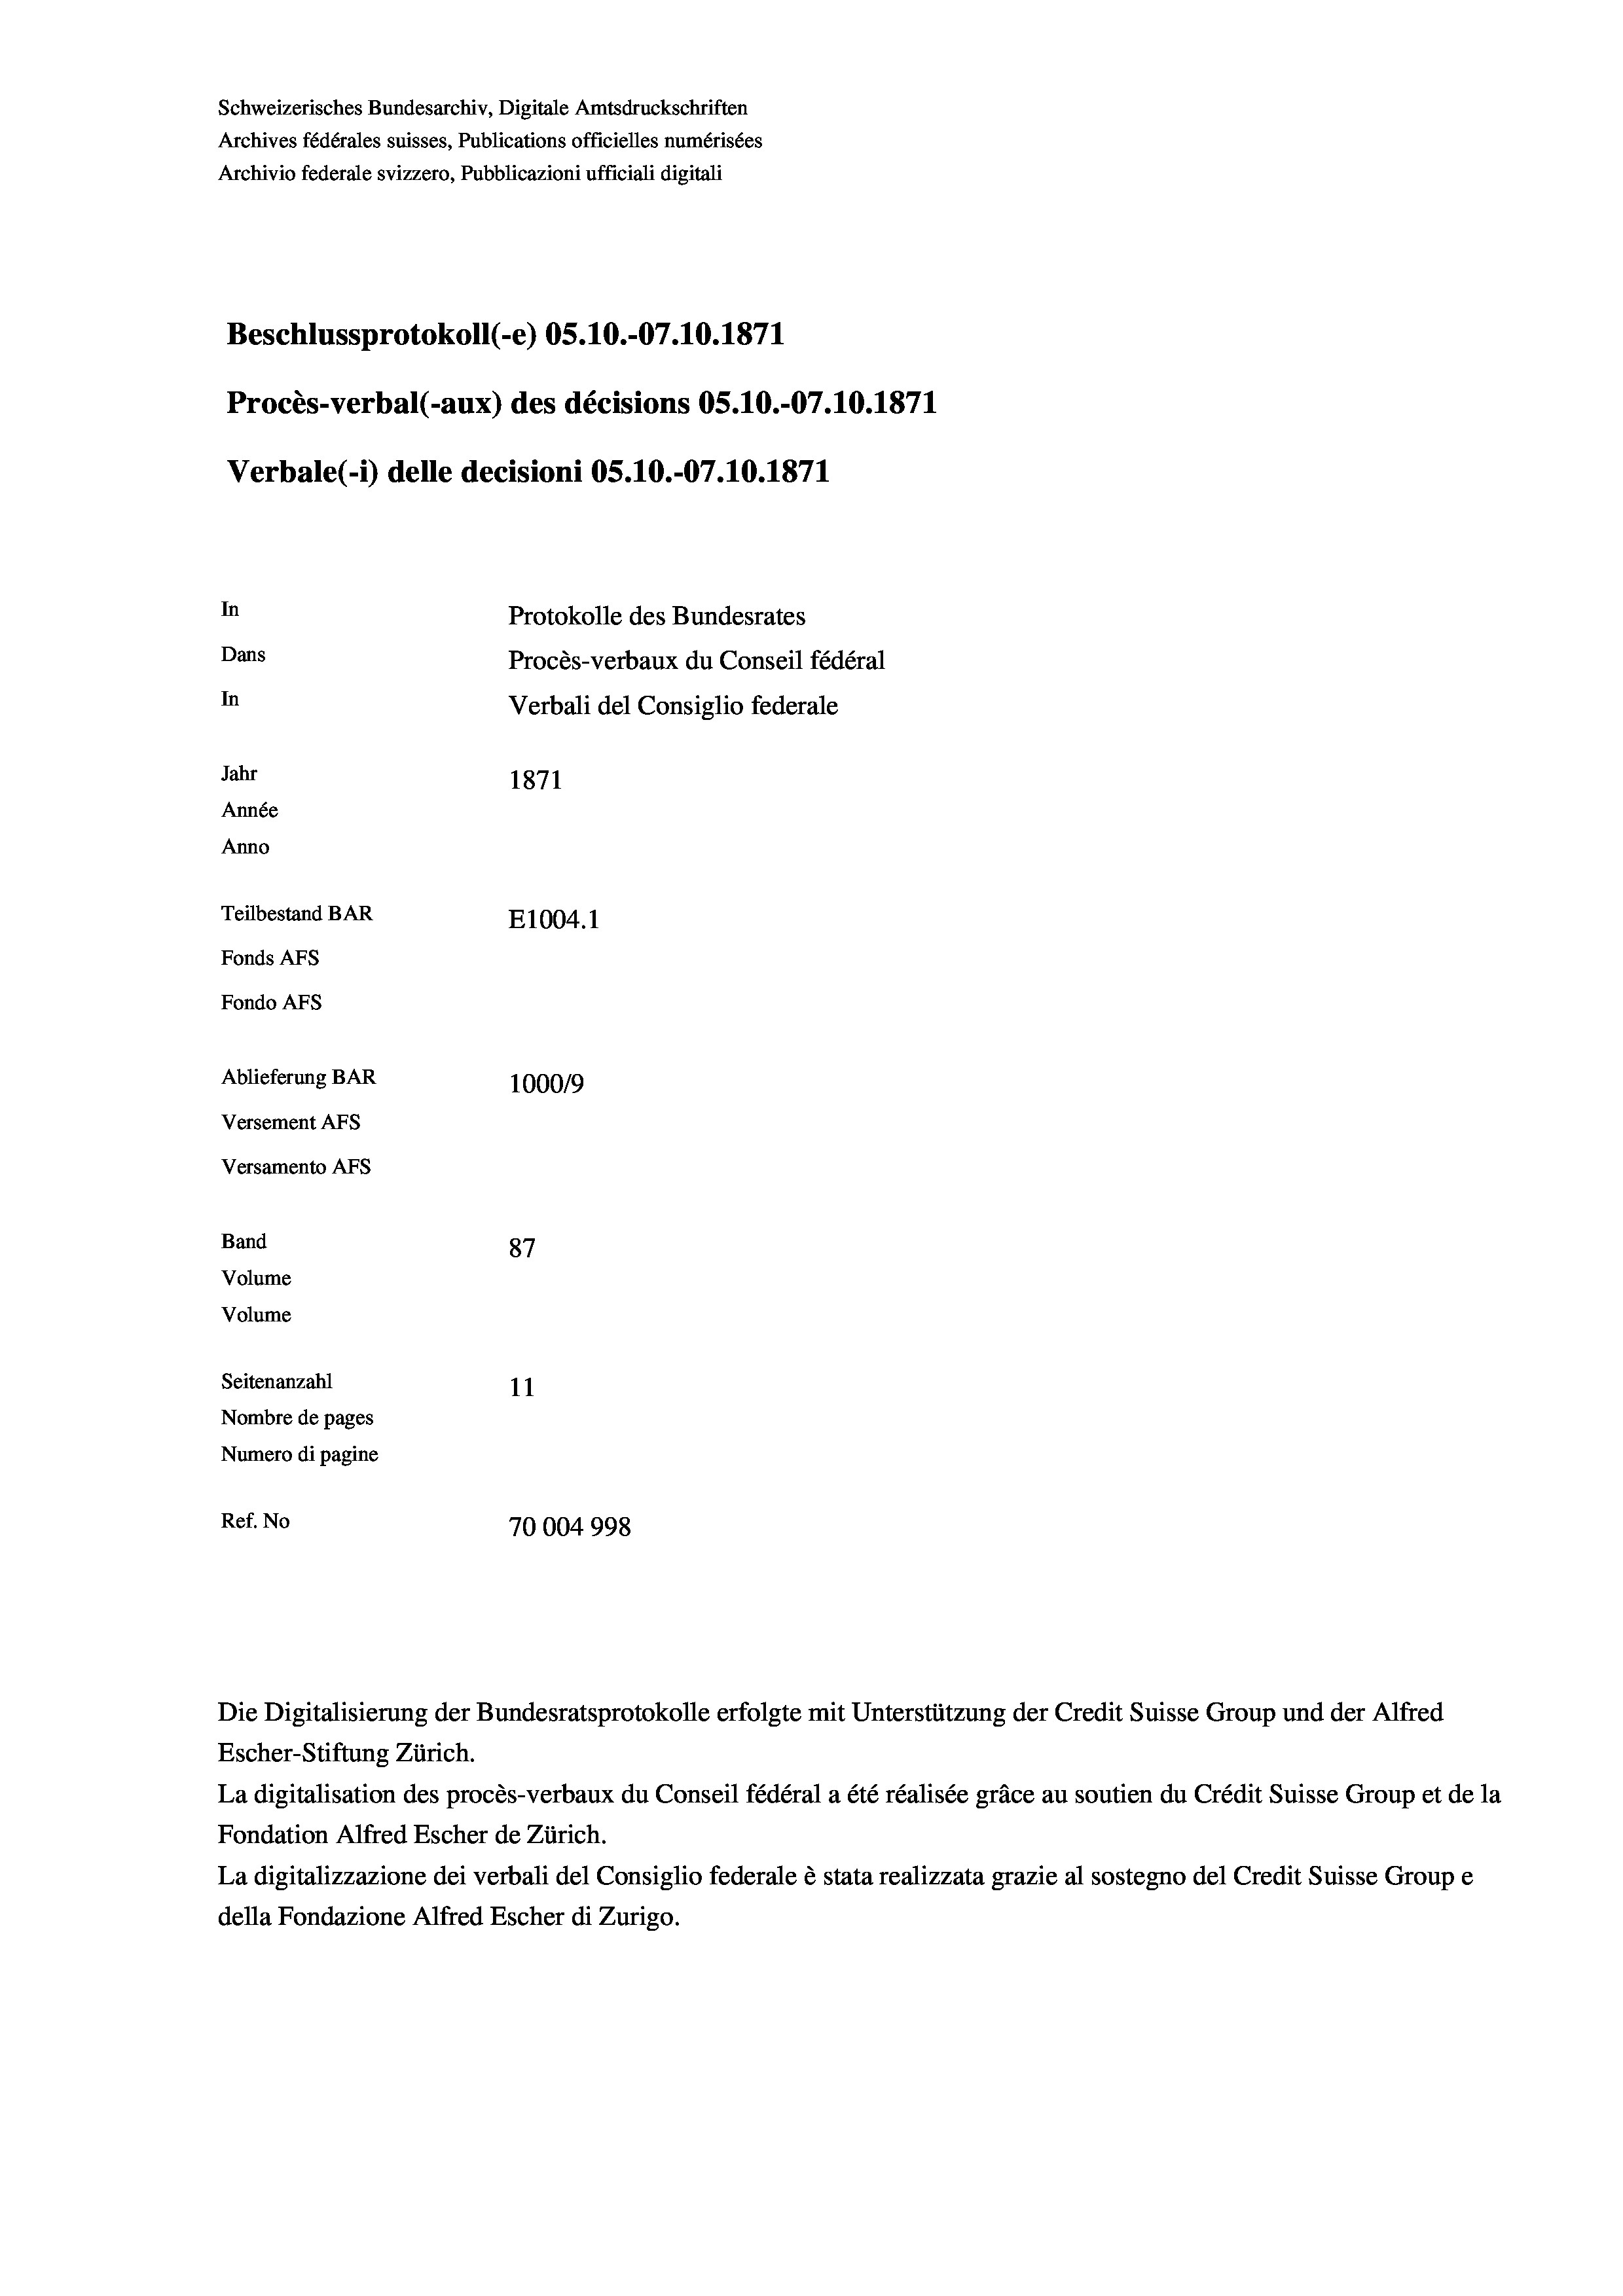
Schweizerisches Bundesarchiv, Digitale Amtsdruckschriften
Archives fédérales suisses, Publications officielles numérisées
Archivio federale svizzero, Pubblicazioni ufficiali digitali
Beschlussprotokoll (-e) OS.10.-07.10.1871
Procès-verbal (-aux) des décisions OS.10.-07.10.1871
Verbale (1) delle decisioni OS.10.-07.10.1871
In
Protokolle des Bundesrates
Dans
Procès-verbaux du Conseil fédéral
In
Verbali del Consiglio federale
Jahr
1871
Année
Anno
Teilbestand BAR
E1004. 1
Fonds AFs
Fondo AFs
Ablieferung BAR
100019
Versement AFs
Versamento AFs
Band
87
Volume
Volume
Seitenanzahl
11
Nombre de pages
Numero di pagine
Ref. No
70004998

Escher-Stiftung Zürich.
La digitalisation des procès-verbaux du Conseil fédéral a été réalisée gräce au soutien du Crédit Suisse Group et de la
Fondation Alfred Escher de Zürich.
La digitalizzazione dei verbali del Consiglio federale è stata realizzata grazie al sostegno del Credit Suisse Groupe
della Fondazione Alfred Escher di Zurigo.

Die Digitalisierung der Bundesratsprotokolle erfolgte mit Unterstützung der Credit Suisse Group und der Alfred